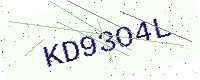
Text: KD93O4L